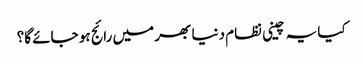
کیا یہ چینی نظام دنیا بھر میں رائج ہو جائے گا؟